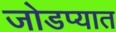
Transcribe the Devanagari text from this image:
जोडप्यात